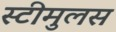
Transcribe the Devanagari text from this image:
स्टीमुलस